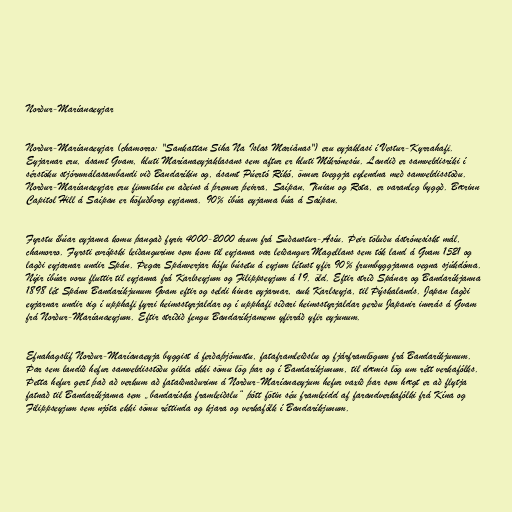
Norður-Maríanaeyjar

Norður-Maríanaeyjar (chamorro: "Sankattan Siha Na Islas Mariånas") eru eyjaklasi í Vestur-Kyrrahafi.
Eyjarnar eru, ásamt Gvam, hluti Maríanaeyjaklasans sem aftur er hluti Míkrónesíu. Landið er samveldisríki í
sérstöku stjórnmálasambandi við Bandaríkin og, ásamt Púertó Ríkó, önnur tveggja eylendna með samveldisstöðu.
Norður-Maríanaeyjar eru fimmtán en aðeins á þremur þeirra, Saípan, Tinian og Rota, er varanleg byggð. Bærinn
Capitol Hill á Saípan er höfuðborg eyjanna. 90% íbúa eyjanna búa á Saípan.

Fyrstu íbúar eyjanna komu þangað fyrir 4000-2000 árum frá Suðaustur-Asíu. Þeir töluðu ástrónesískt mál,
chamorro. Fyrsti evrópski leiðangurinn sem kom til eyjanna var leiðangur Magellans sem tók land á Gvam 1521 og
lagði eyjarnar undir Spán. Þegar Spánverjar hófu búsetu á eyjum létust yfir 90% frumbyggjanna vegna sjúkdóma.
Nýir íbúar voru fluttir til eyjanna frá Karlseyjum og Filippseyjum á 19. öld. Eftir stríð Spánar og Bandaríkjanna
1898 lét Spánn Bandaríkjunum Gvam eftir og seldi hinar eyjarnar, auk Karlseyja, til Þýskalands. Japan lagði
eyjarnar undir sig í upphafi fyrri heimsstyrjaldar og í upphafi síðari heimsstyrjaldar gerðu Japanir innrás á Gvam
frá Norður-Maríanaeyjum. Eftir stríðið fengu Bandaríkjamenn yfirráð yfir eyjunum.

Efnahagslíf Norður-Maríanaeyja byggist á ferðaþjónustu, fataframleiðslu og fjárframlögum frá Bandaríkjunum.
Þar sem landið hefur samveldisstöðu gilda ekki sömu lög þar og í Bandaríkjunum, til dæmis lög um rétt verkafólks.
Þetta hefur gert það að verkum að fataiðnaðurinn á Norður-Maríanaeyjum hefur vaxið þar sem hægt er að flytja
fatnað til Bandaríkjanna sem „bandaríska framleiðslu“ þótt fötin séu framleidd af farandverkafólki frá Kína og
Filippseyjum sem njóta ekki sömu réttinda og kjara og verkafólk í Bandaríkjunum.